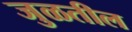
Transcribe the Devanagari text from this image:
जुळतील